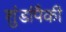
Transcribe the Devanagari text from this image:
शुंडांपैकी